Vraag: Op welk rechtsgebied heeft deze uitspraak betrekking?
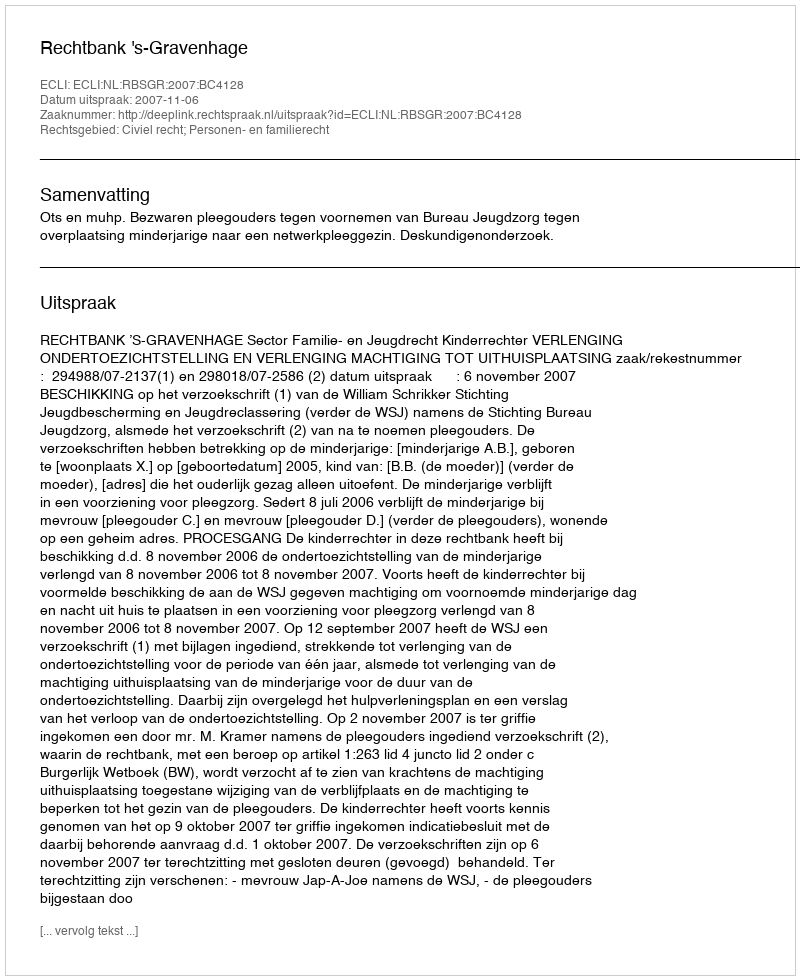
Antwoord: Civiel recht; Personen- en familierecht